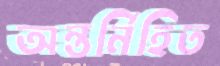
অন্তর্নিহিত